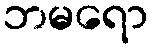
ဘမရော